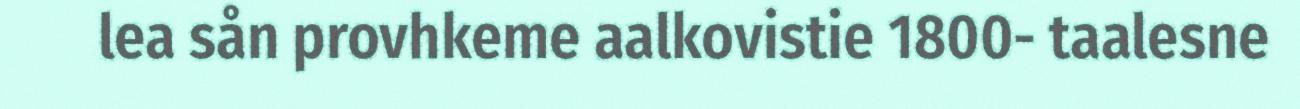
lea sån provhkeme aalkovistie 1800- taalesne